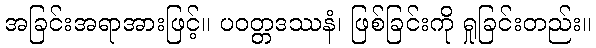
အခြင်းအရာအားဖြင့်။ ပဝတ္တဒဿနံ၊ ဖြစ်ခြင်းကို ရှုခြင်းတည်း။